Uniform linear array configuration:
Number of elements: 12
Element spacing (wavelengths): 0.25
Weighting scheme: exponential
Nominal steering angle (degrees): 60
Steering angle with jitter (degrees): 59.915
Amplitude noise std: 0.05
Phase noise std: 0.05

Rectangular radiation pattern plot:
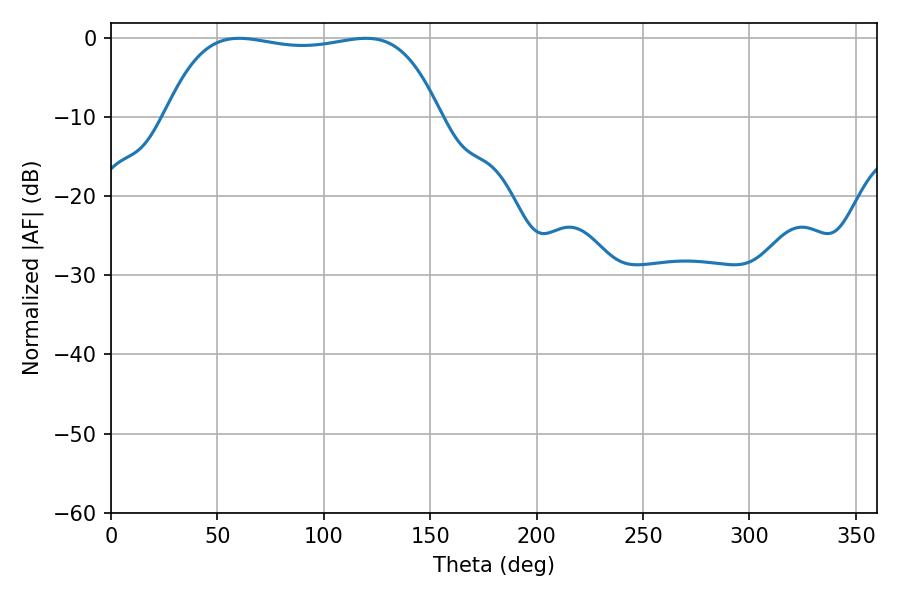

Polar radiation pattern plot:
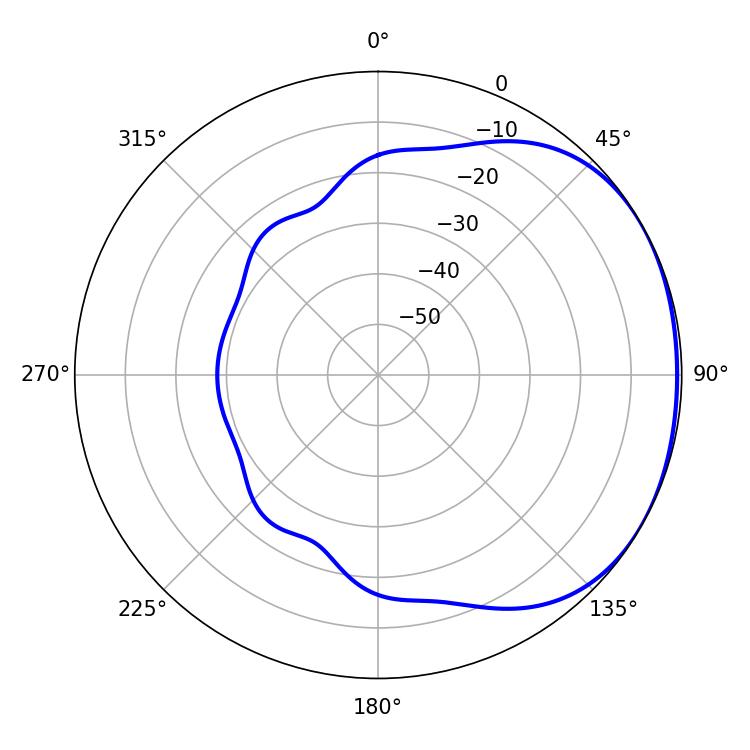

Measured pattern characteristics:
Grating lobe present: FALSE
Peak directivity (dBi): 1.405
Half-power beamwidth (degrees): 102.6
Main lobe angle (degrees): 60.12